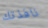
نافذتك